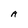
Character: A